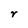
Character: r